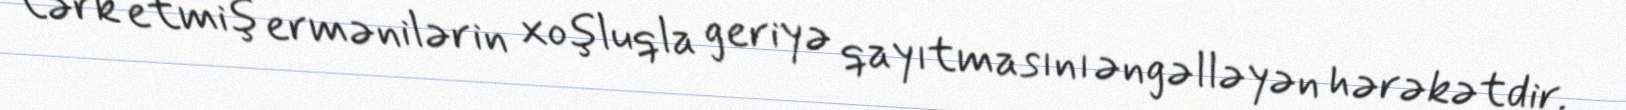
tərk etmiş ermənilərin xoşluqla geriyə qayıtmasını əngəlləyən hərəkətdir.